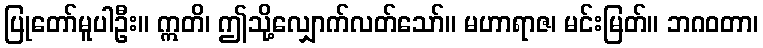
ပြုတော်မူပါဦး။ ဣတိ၊ ဤသို့လျှောက်လတ်သော်။ မဟာရာဇ၊ မင်းမြတ်။ ဘဂဝတာ၊